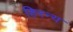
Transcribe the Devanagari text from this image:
हिरन्य